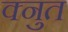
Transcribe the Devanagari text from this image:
क्नुत